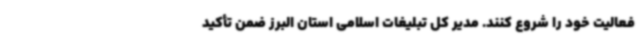
فعالیت خود را شروع کنند. مدیر کل تبلیغات اسلامی استان البرز ضمن تأکید